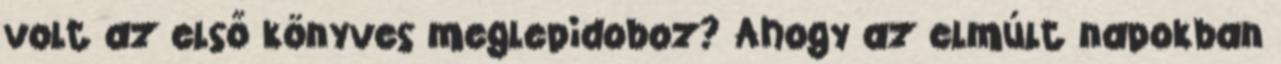
volt az első könyves meglepidoboz? Ahogy az elmúlt napokban